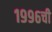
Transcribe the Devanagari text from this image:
१९९६ची